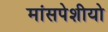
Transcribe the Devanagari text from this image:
मांसपेशीयो